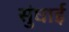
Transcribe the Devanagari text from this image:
सुंघाई